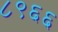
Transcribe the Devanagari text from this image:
८९६६